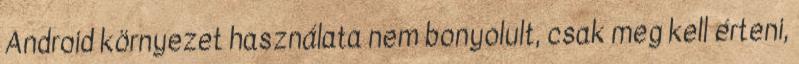
Android környezet használata nem bonyolult, csak meg kell érteni,